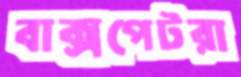
বাক্সপেটরা